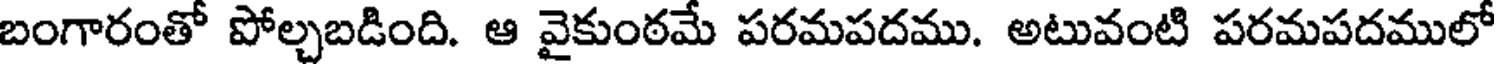
బంగారంతో పోల్చబడింది. ఆ వైకుంఠమే పరమపదము. అటువంటి పరమపదములో